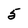
Character: 5